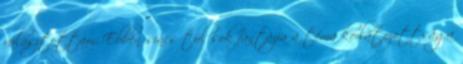
választottam. Ebben sincs túl sok fantázia a téma korlátozottsága